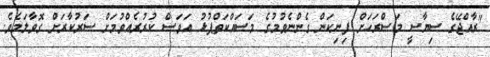
"ރާއްޖޭގެ ސިޔާސީ މަސްރަހަށް ފިނިކަން ގެންނެވުމުގެ މަސައްކަތްޕުޅު އަވަސް ކުރުރެއްވުމަށް ސަރުކާރަށް ގޮވާލަމެވެ.